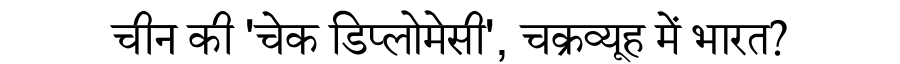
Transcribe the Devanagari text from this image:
चीन की 'चेक डिप्लोमेसी', चक्रव्यूह में भारत?